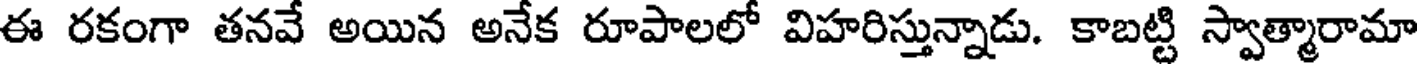
ఈ రకంగా తనవే అయిన అనేక రూపాలలో విహరిస్తున్నాడు. కాబట్టి స్వాత్మారామా